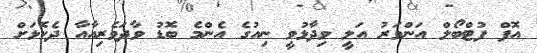
އޮފް ފުޓްބޯލް އަންވަރު އަލީ ވިދާޅުވީ ނިއުގެ އެންމެ ބޮޑު ވާދަވެރިއާއާ ދެކޮޅަށް